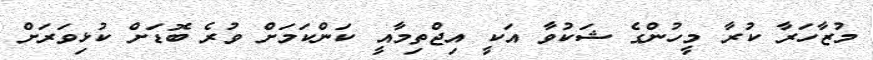
މުޒާހަރާ ކުރާ މީހުންގެ ޝަކުވާ އަކީ އިޖްތިމާއީ ކަންކަމަށް ވުރެ ބޮޑަށް ކުޅިވަރަށް